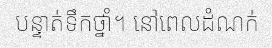
បន្ទាត់ទឹកថ្នាំ។ នៅពេលដំណក់